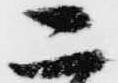
こ